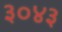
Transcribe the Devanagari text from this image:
३०४३